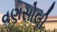
વણસોલી